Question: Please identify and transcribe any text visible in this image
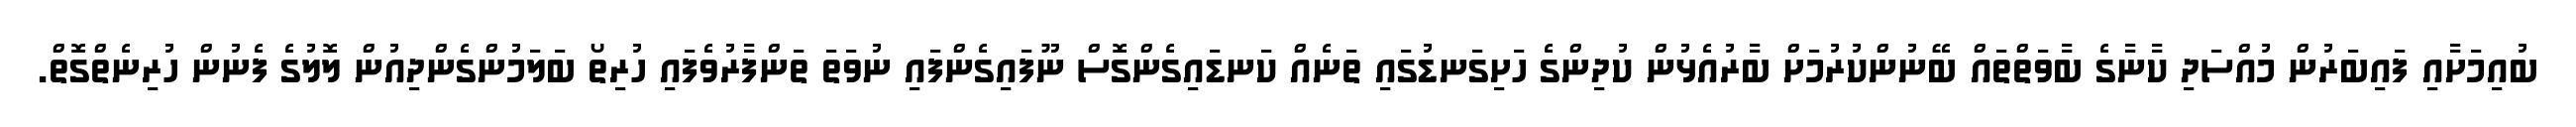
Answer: ބުއިމަށާއި ފައިބަރުން މުއްސަދި ކާނާގެ ބާވަތްތައް ބޭނުންކުރުމަށް ބާރުއެޅުން ކުދިންގެ ހަށިގަނޑުގައި ތަނެއް ކަނޑައިގެންގޮސް ނޫފައިގެންފައި ނުވަތަ ތަންފާރުވެފައި ހުރިތޯ ބަލަމުންގެންދިއުން ލޮލުގެ ފެނުން ހުރިނެތްގޮތް.